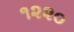
૧૨૨૦